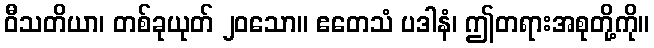
ဝီသတိယာ၊ တစ်ခုယုတ် ၂၀သော။ ဧတေသံ ပဒါနံ၊ ဤတရားအစုတို့ကို။